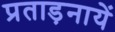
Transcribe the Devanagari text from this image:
प्रताड़नायें